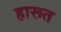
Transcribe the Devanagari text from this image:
हारूत